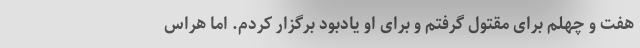
هفت و چهلم برای مقتول گرفتم و برای او یادبود برگزار کردم. اما هراس